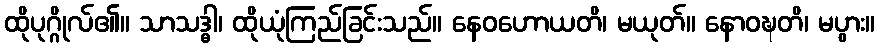
ထိုပုဂ္ဂိုလ်၏။ သာသဒ္ဓါ၊ ထိုယုံကြည်ခြင်းသည်။ နေဝဟောယတိ၊ မယုတ်။ နောဝဍ္ဎတိ၊ မပွား။